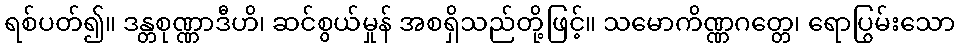
ရစ်ပတ်၍။ ဒန္တစုဏ္ဏာဒီဟိ၊ ဆင်စွယ်မှုန် အစရှိသည်တို့ဖြင့်။ သမောကိဏ္ဏဂတ္တေ၊ ရောပြွမ်းသော